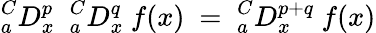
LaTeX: {}_{a}^{C}D_{x}^{p}~~{}_{a}^{C}D_{x}^{q}~f(x)~=~{}_{a}^{C}D_{x}^{p+q}~f(x)